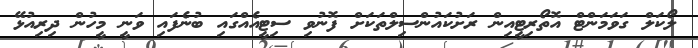
ލޯކަލް ގަވަމަންޓް އޮތޯރިޓީއިން ރަށުކައުންސިލްތަކަށް ފޮނުވި ސިޓީއެއްގައި ބުނެފައި ވަނީ މީހުން ދިރިއުޅޭ